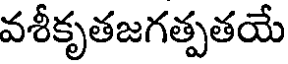
వశీకృతజగత్పతయే